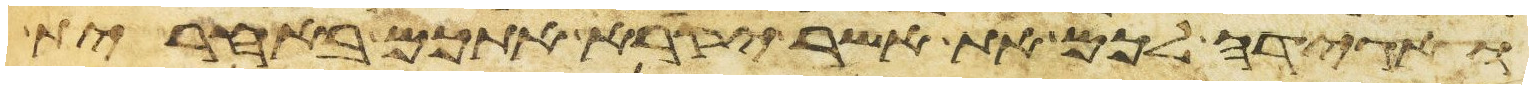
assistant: ואגידה לכם את אשר יקרא אתכם באחרית